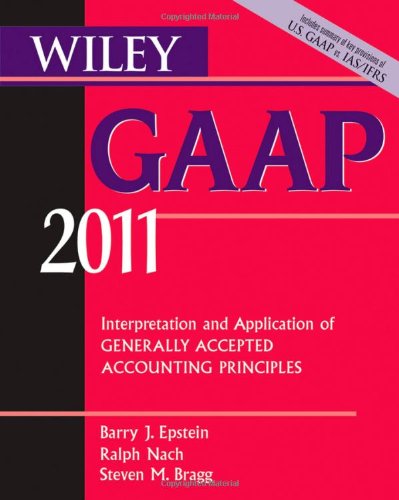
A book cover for Wiley GAAP: Interpretation and Application of Generally Accepted Accounting Principles 2011 (Wiley GAAP: Interpretation & Application of Generally Accepted Accounting Principles); Steven M. Bragg; Business & Money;